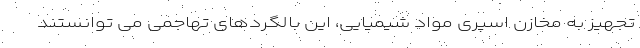
تجهیز به مخازن اسپری مواد شیمیایی، این بالگردهای تهاجمی می توانستند